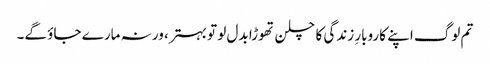
تم لوگ اپنے کاروبارِ زندگی کا چلن تھوڑا بدل لو تو بہتر، ورنہ مارے جاؤ گے۔